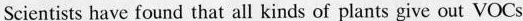
Scientists have found that all kinds of plants give out VOCs